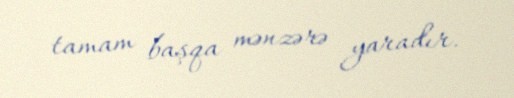
tamam başqa mənzərə yaradır.